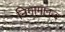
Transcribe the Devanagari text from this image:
निगामानन्द